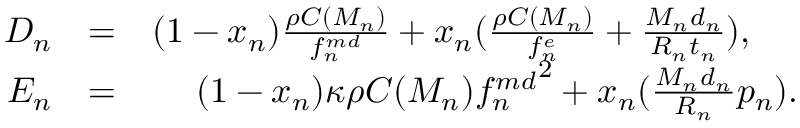
\begin{array} { r l r } { D _ { n } } & { = } & { ( 1 - x _ { n } ) \frac { \rho C ( M _ { n } ) } { f _ { n } ^ { m d } } + x _ { n } ( \frac { \rho C ( M _ { n } ) } { f _ { n } ^ { e } } + \frac { M _ { n } d _ { n } } { R _ { n } t _ { n } } ) , \ \ \ \ } \\ { E _ { n } } & { = } & { ( 1 - x _ { n } ) \kappa \rho C ( M _ { n } ) { f _ { n } ^ { m d } } ^ { 2 } + x _ { n } ( \frac { M _ { n } d _ { n } } { R _ { n } } p _ { n } ) . } \end{array}